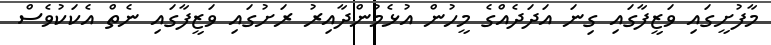
މާފުށީގައި ވަޒީފާގައި ގިނަ އަދަދެއްގެ މީހުން އުޅެމުންދާއިރު ރަށުގައި ވަޒީފާގައި ނެތް އެކަކުވެސް